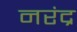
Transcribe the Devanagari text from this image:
नरंद्र